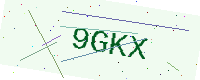
Text: 9GKX